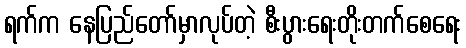
ရက်က နေပြည်တော်မှာလုပ်တဲ့ စီးပွားရေးတိုးတက်စေရေး